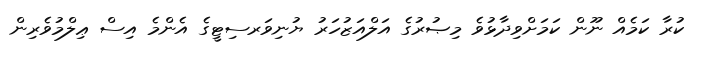
ކުރާ ކަމެއް ނޫން ކަމަށްވިދާޅުވެ މިޞުރުގެ އަލްއަޒުހަރު ޔުނިވަރސިޓީގެ އެންމެ އިސް ޢިލްމުވެރިން